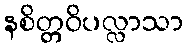
နစိတ္တဝိပလ္လာသာ